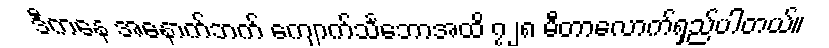
ဒီကနေ အနောက်ဘက် ကျောက်သင်္ဘောအထိ ၇၂၈ မီတာလောက်ရှည်ပါတယ်။